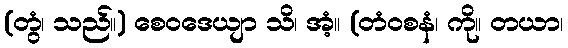
(တွံ၊ သည်။) စေဝဒေယျာ သိ၊ အံ့။ (တံဝစနံ၊ ကို။ တယာ၊